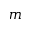
m